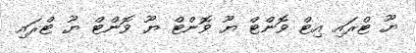
ޔޫ ޓްރައި އިޓް ވޮންޓް ޔޫ ވޮންޓް ޔޫ ވޮންޓް ޔޫ ޓްރައި